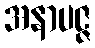
အနာပဇ္ဇ